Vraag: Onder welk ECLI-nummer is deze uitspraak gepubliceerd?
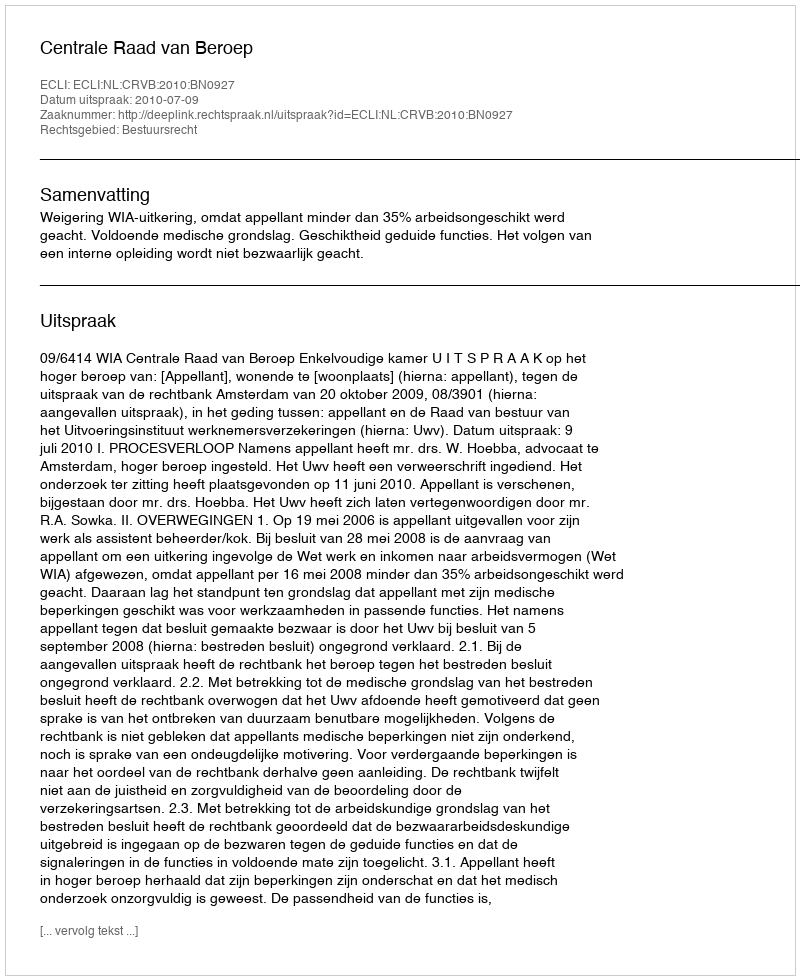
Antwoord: ECLI:NL:CRVB:2010:BN0927